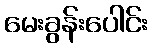
မေးခွန်းပေါင်း